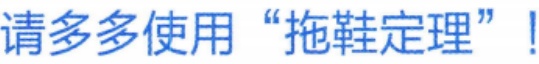
请多多使用“拖鞋定理”!